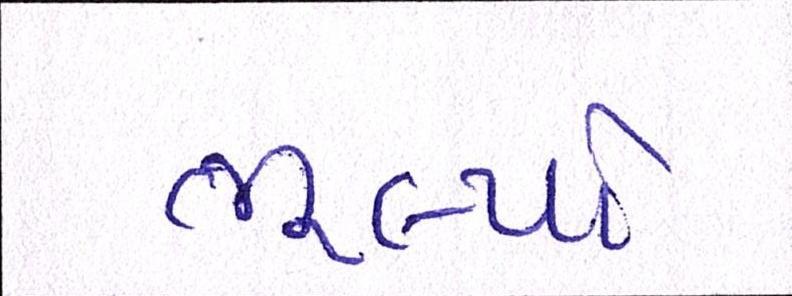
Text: ભૂલ્યો